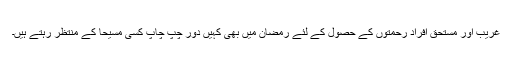
غریب اور مستحق افراد رحمتوں کے حصول کے لئے رمضان میں بھی کہیں دور چپ چاپ کسی مسیحا کے منتظر رہتے ہیں۔